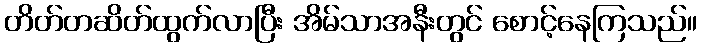
တိတ်တဆိတ်ထွက်လာပြီး အိမ်သာအနီးတွင် စောင့်နေကြသည်။